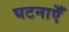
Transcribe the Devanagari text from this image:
घटनाऍँ